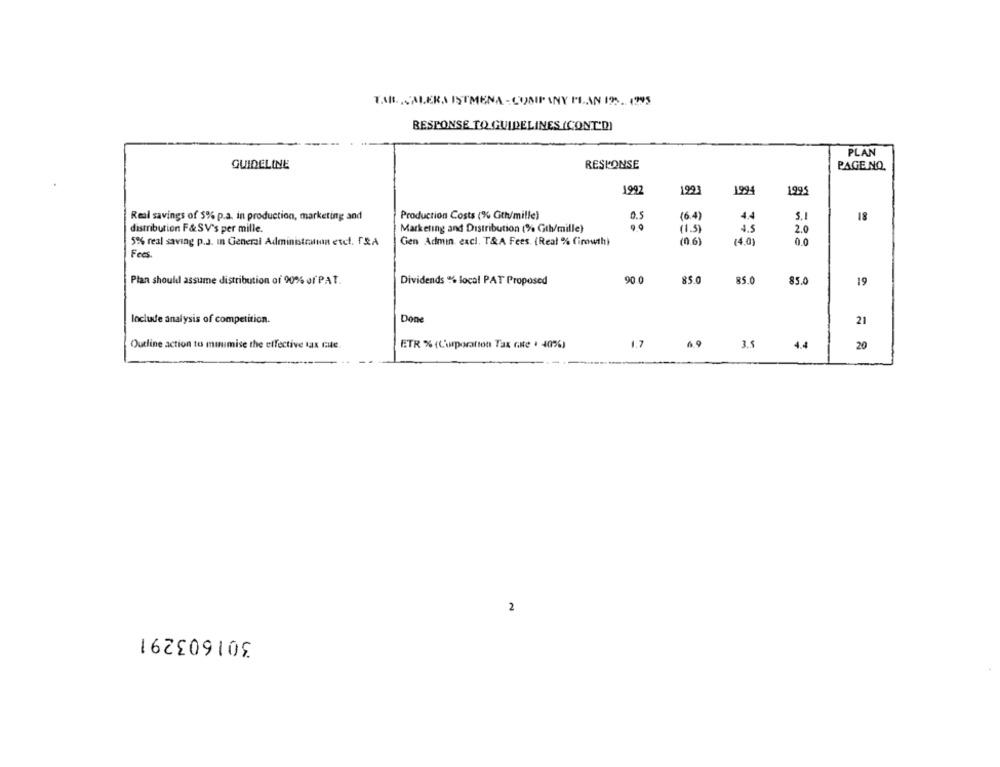
TAB. VALERA ISTMENA - COMPANY PLAN 195. 1995
RESPONSE TO GUIDELINES (CONT'D)
PLAN
GUIDELINE
RESPONSE
PAGE.NO.
1992
1993
1994
1995
Real savings of $% p.a. in production, marketing and
Production Costs (% Gth/mille)
0.5
(6.4)
4.4
5.1
18
distribution F&SV's per mille.
Marketing and Distribution (% Gth/mille)
(1.5)
4.5
2.0
5% real saving p.J. In General Administration esel. TRA
Gen Admin. excl. T&A Fees. (Real % Cirowth)
(0.6)
(4.0)
0.0
Fees
Plan should assume distribution of 90% of PAT.
Dividends % local PAT Proposed
90.0
85.0
85.0
85.0
19
Include analysis of competition.
Done
21
Outline action to minimise the effective Max Gute
ETR % (Corporation Tax rate . 40%)
1.7
69
3.8
4.4
20
2
301603291